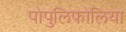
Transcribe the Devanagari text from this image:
पोपुलिफोलिया